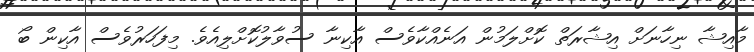
މާއިޝާ ނިހާނަށް އިޝާރަތް ކޮށްލަމުން އަނެއްކާވެސް އާކިނާ ސުވާލުކޮށްލިއެވެ. މިފަހަރުވެސް އާކިން ބޯ